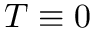
T \equiv 0